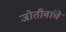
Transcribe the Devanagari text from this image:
जोतीबांचे